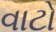
વાટો